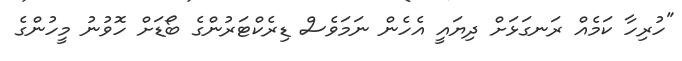
"ހުރިހާ ކަމެއް ރަނގަޅަށް ދިޔައީ އެހެން ނަމަވެސް ޑިރެކްޓަރުންގެ ބޯޑަށް ހޮވުނު މީހުންގެ